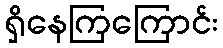
ရှိနေကြကြောင်း